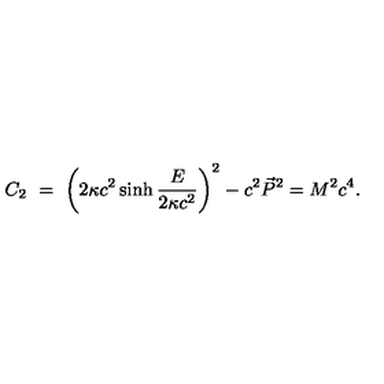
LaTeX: C _ { 2 } \ = \ \left( 2 \kappa c ^ { 2 } \sinh \frac { E } { 2 \kappa c ^ { 2 } } \right) ^ { 2 } - c ^ { 2 } \vec { P } ^ { 2 } = M ^ { 2 } c ^ { 4 } .